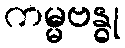
ကမ္မဗန္ဓု